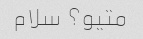
متیو؟ سلام